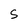
Character: S